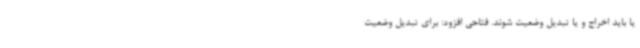
یا باید اخراج و یا تبدیل وضعیت شوند. فتاحی افزود: برای تبدیل وضعیت